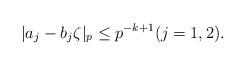
LaTeX: \begin{align*} |a_j-b_j\zeta |_p \leq p^{-k+1} (j=1,2).\end{align*}